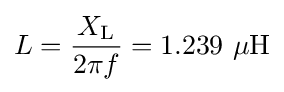
L={\frac {X_{\text{L}}}{2\pi f}}=1.239\ \mu {\text{H}}